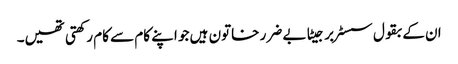
ان کے بقول سسٹر برجیٹا بے ضرر خاتون ہیں جو اپنے کام سے کام رکھتی تھیں۔